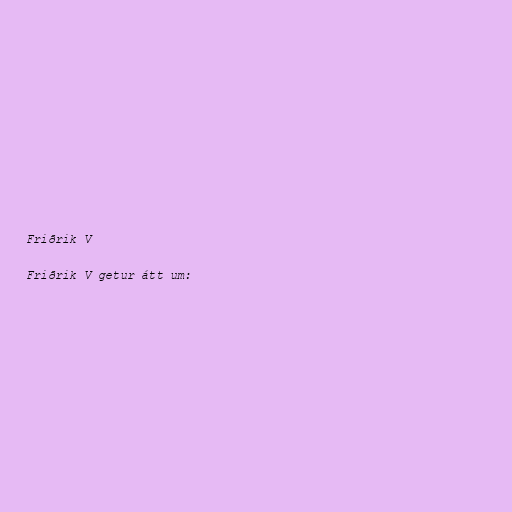
Friðrik V

Friðrik V getur átt um: